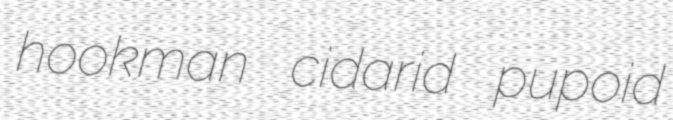
hookman cidarid pupoid